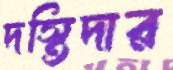
দস্তিদার